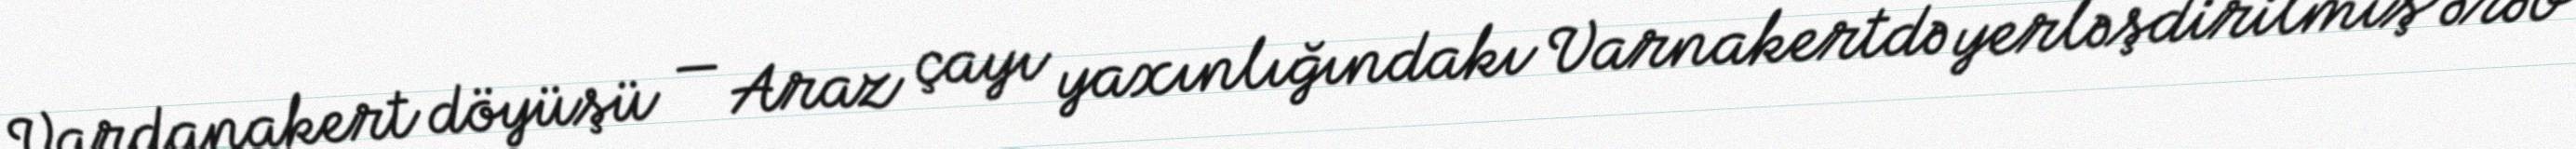
Vardanakert döyüşü — Araz çayı yaxınlığındakı Varnakertdə yerləşdirilmiş ərəb